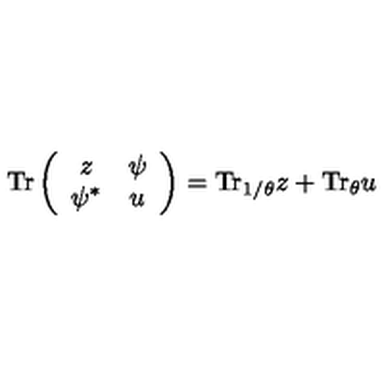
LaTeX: \mathrm { T r } \left( \begin{array} { c c } { z } & { \psi } \\ { \psi ^ { * } } & { u } \\ \end{array} \right) = \mathrm { T r } _ { 1 / \theta } z + \mathrm { T r } _ { \theta } u